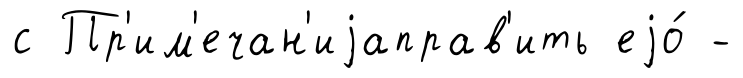
с Пр'им'ечан'иjаправ'ить еjо́ -